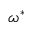
\omega ^ { * }